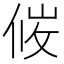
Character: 𪝇